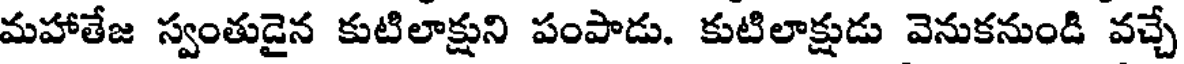
మహాతేజ స్వంతుడైన కుటిలాక్షుని పంపాడు. కుటిలాక్షుడు వెనుకనుండి వచ్చే